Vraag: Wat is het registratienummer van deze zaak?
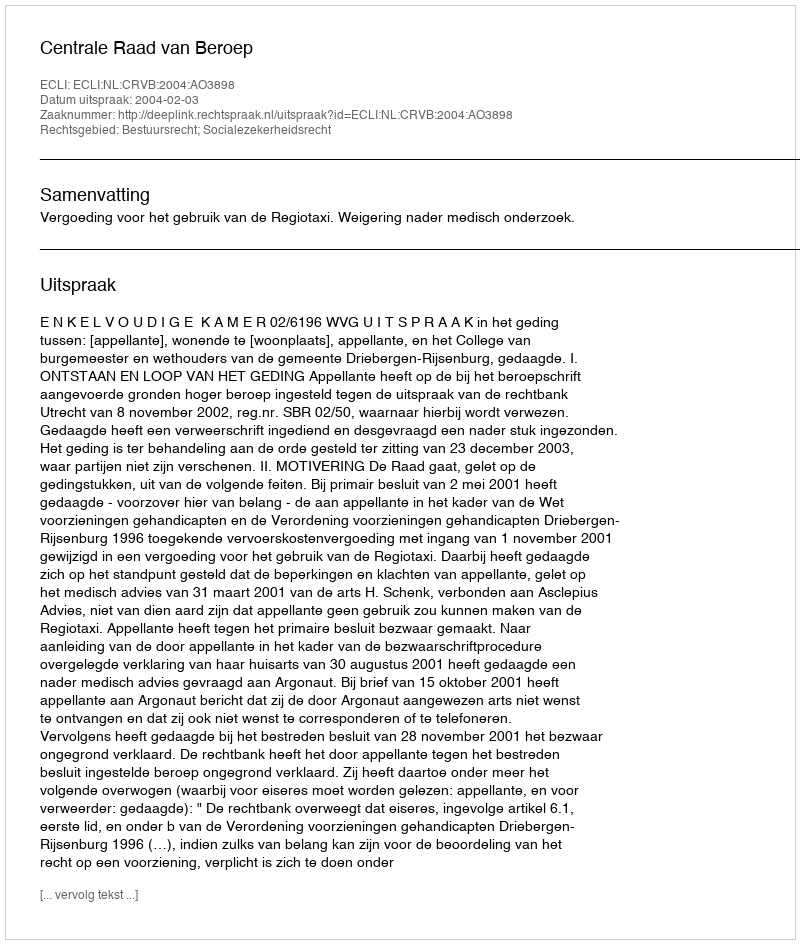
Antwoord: http://deeplink.rechtspraak.nl/uitspraak?id=ECLI:NL:CRVB:2004:AO3898